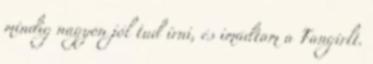
mindig nagyon jól tud írni, és imádtam a Fangirlt.